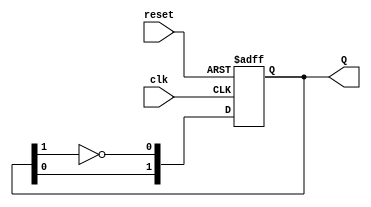
module dual_stage_johnson_counter (
    input wire clk,          // Clock input
    input wire reset,        // Asynchronous reset input
    output reg [1:0] Q       // 2-bit output representing the state
);

// Internal signals
wire D0, D1;

// Feedback mechanism for the Johnson counter
assign D0 = ~Q[1]; // Inverted output of the second flip-flop for feedback
assign D1 = Q[0];  // Output of the first flip-flop for the second flip-flop input

// Sequential logic: Flip-Flops
always @(posedge clk or posedge reset) begin
    if (reset) begin
        Q <= 2'b00; // Initialize to state '00' on reset
    end else begin
        Q[0] <= D0; // Update D0 to Q0
        Q[1] <= D1; // Update D1 to Q1
    end
end

endmodule